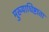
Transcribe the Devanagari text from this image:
मुख्याधिष्टाता